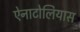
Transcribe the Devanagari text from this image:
ऐनाटोलियास